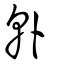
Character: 倝